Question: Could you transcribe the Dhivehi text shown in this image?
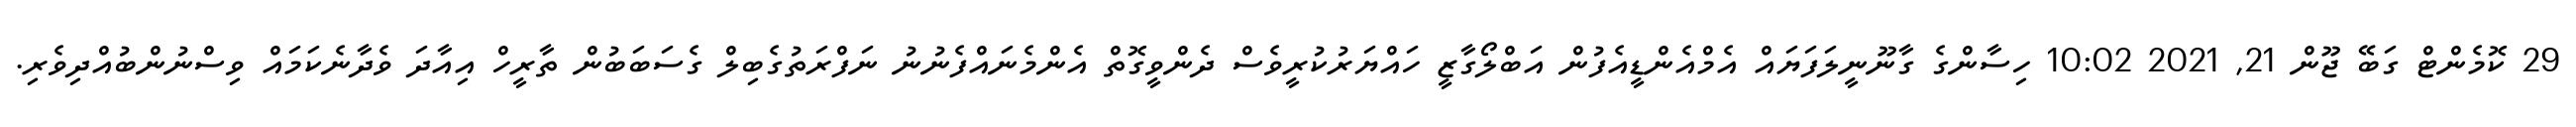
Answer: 29 ކޮމެންޓް ގަބޭ ޖޫން 21, 2021 10:02 ހިސާންގެ ގާނޫނީލަފަޔައް އެމްއެންޑީއެފުން އަބްލޯގާޒީ ހައްޔަރުކުރީވެސް ދެންވީގޮތް އެންމެނައްފެނުނު ނަފްރަތުގެބިލް ގެސަބަބުން ތާރީހް އިއާދަ ވެދާނެކަމައް ވިސްނުންބުއްދިވެރި.